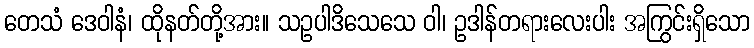
တေသံ ဒေဝါနံ၊ ထိုနတ်တို့အား။ သဥပါဒိသေသေ ဝါ၊ ဥဒါန်တရားလေးပါး အကြွင်းရှိသော